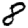
Digit: 8